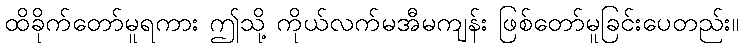
ထိခိုက်တော်မူရကား ဤသို့ ကိုယ်လက်မအီမကျန်း ဖြစ်တော်မူခြင်းပေတည်း။